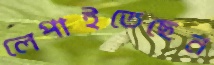
লেপাইতেছেন